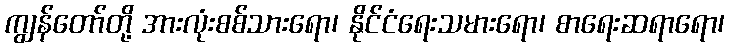
ကျွန်တော်တို့ အားလုံးစစ်သားရော၊ နိုင်ငံရေးသမားရော၊ စာရေးဆရာရော၊